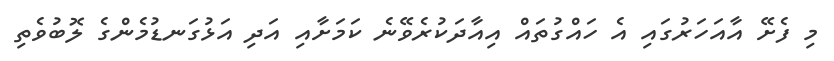
މި ފެށޭ އާއަހަރުގައި އެ ހައްގުތައް އިއާދަކުރެވޭނެ ކަމަށާއި އަދި އަޅުގަނޑުމެންގެ ލޮބުވެތި